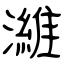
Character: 濰